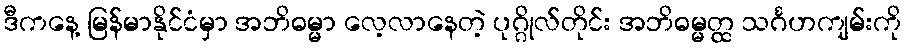
ဒီကနေ့ မြန်မာနိုင်ငံမှာ အဘိဓမ္မာ လေ့လာနေတဲ့ ပုဂ္ဂိုလ်တိုင်း အဘိဓမ္မတ္ထ သင်္ဂဟကျမ်းကို